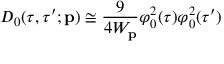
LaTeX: D _ { 0 } ( \tau , \tau ^ { \prime } ; { \bf p } ) \cong { \frac { 9 } { 4 W _ { \bf p } } } \varphi _ { 0 } ^ { 2 } ( \tau ) \varphi _ { 0 } ^ { 2 } ( \tau ^ { \prime } )